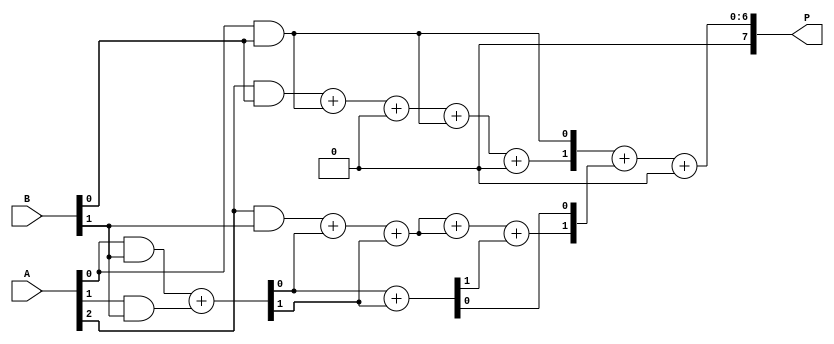
module wallace_tree_multiplier #(parameter N = 4) (
    input [N-1:0] A,        // Multiplicand
    input [N-1:0] B,        // Multiplier
    output [2*N-1:0] P      // Product
);

    // Partial product generation
    wire [N-1:0] pp [0:N-1]; // Partial products
    genvar i, j;
    generate
        for (i = 0; i < N; i = i + 1) begin : partial_products
            for (j = 0; j < N; j = j + 1) begin : and_gate
                assign pp[i][j] = A[i] & B[j];
            end
        end
    endgenerate

    // Level 1: Wallace tree reduction
    wire [N:0] level1_sum [0:N-1];
    wire [N:0] level1_carry [0:N-1];

    // Half adders and full adders for first level
    generate
        for (i = 0; i < N; i = i + 1) begin : level1
            if (i == 0) begin
                assign level1_sum[i][0] = pp[0][i];
                assign level1_carry[i][0] = 0; // No carry in for the first column
            end else begin
                assign {level1_carry[i][0], level1_sum[i][0]} = pp[0][i] + pp[1][i];
            end
            
            if (i < N-1) begin
                assign {level1_carry[i][1], level1_sum[i][1]} = pp[2][i] + level1_sum[i][0] + level1_carry[i][0];
            end
        end
    endgenerate

    // Level 2: Further reduction
    wire [N:0] level2_sum [0:N-1];
    wire [N:0] level2_carry [0:N-1];

    generate
        for (i = 0; i < N; i = i + 1) begin : level2
            if (i == 0) begin
                assign level2_sum[i][0] = level1_sum[i][0];
                assign level2_carry[i][0] = level1_carry[i][0]; // No carry in for the first column
            end else begin
                assign {level2_carry[i][0], level2_sum[i][0]} = level1_sum[i][0] + level1_carry[i][0];
            end
            
            if (i < N-1) begin
                assign {level2_carry[i][1], level2_sum[i][1]} = level1_sum[i][1] + level1_sum[i][i] + level2_carry[i][0];
            end
        end
    endgenerate

    // Final addition to get the product
    wire [2*N-1:0] final_sum;
    wire [2*N-1:0] final_carry;

    assign {final_carry, final_sum} = level2_sum[0] + level2_sum[1];

    // Final product output
    assign P = final_sum + final_carry;

endmodule